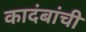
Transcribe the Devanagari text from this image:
कादंबांची